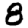
Digit: 8